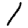
Digit: 1